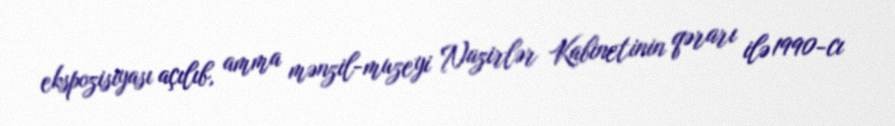
ekspozisiyası açılıb, amma mənzil-muzeyi Nazirlər Kabinetinin qərarı ilə 1990-cı